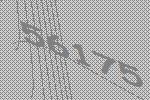
56175